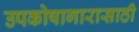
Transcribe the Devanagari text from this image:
उपकोषागारासाठी